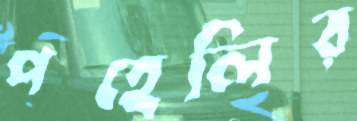
পহেলির